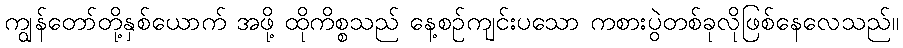
ကျွန်တော်တို့နှစ်ယောက် အဖို့ ထိုကိစ္စသည် နေ့စဉ်ကျင်းပသော ကစားပွဲတစ်ခုလိုဖြစ်နေလေသည်။